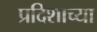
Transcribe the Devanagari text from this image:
प्रदिशाच्या